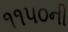
૧૧૫૦ની